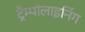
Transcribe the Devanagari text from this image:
ट्रैम्पोलाइनिंग